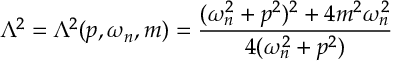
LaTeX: \Lambda ^ { 2 } = \Lambda ^ { 2 } ( p , \omega _ { n } , m ) = \frac { ( \omega _ { n } ^ { 2 } + p ^ { 2 } ) ^ { 2 } + 4 m ^ { 2 } \omega _ { n } ^ { 2 } } { 4 ( \omega _ { n } ^ { 2 } + p ^ { 2 } ) }